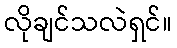
လိုချင်သလဲရှင်။